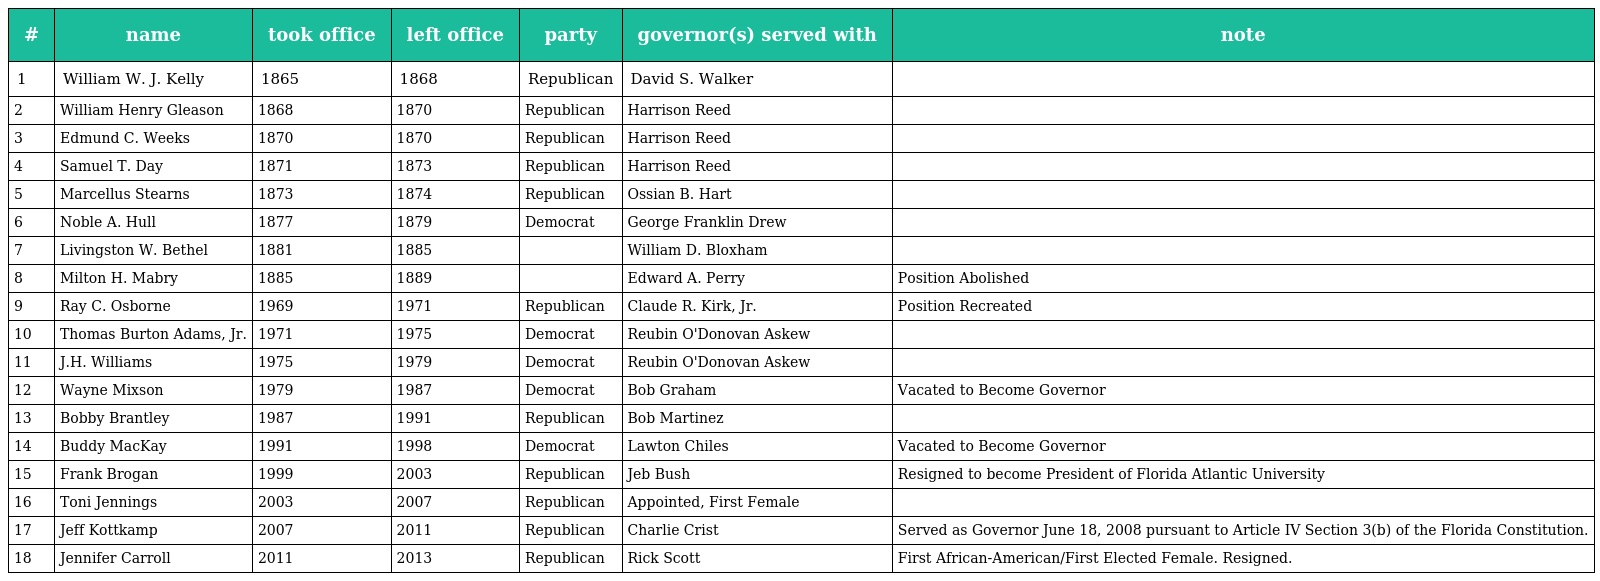
| # | name | took office | left office | party | governor(s) served with | note |
 | --- | --- | --- | --- | --- | --- | --- |
 | 1 | William W. J. Kelly | 1865 | 1868 | Republican | David S. Walker |  |
 | 2 | William Henry Gleason | 1868 | 1870 | Republican | Harrison Reed |  |
 | 3 | Edmund C. Weeks | 1870 | 1870 | Republican | Harrison Reed |  |
 | 4 | Samuel T. Day | 1871 | 1873 | Republican | Harrison Reed |  |
 | 5 | Marcellus Stearns | 1873 | 1874 | Republican | Ossian B. Hart |  |
 | 6 | Noble A. Hull | 1877 | 1879 | Democrat | George Franklin Drew |  |
 | 7 | Livingston W. Bethel | 1881 | 1885 |  | William D. Bloxham |  |
 | 8 | Milton H. Mabry | 1885 | 1889 |  | Edward A. Perry | Position Abolished |
 | 9 | Ray C. Osborne | 1969 | 1971 | Republican | Claude R. Kirk, Jr. | Position Recreated |
 | 10 | Thomas Burton Adams, Jr. | 1971 | 1975 | Democrat | Reubin O'Donovan Askew |  |
 | 11 | J.H. Williams | 1975 | 1979 | Democrat | Reubin O'Donovan Askew |  |
 | 12 | Wayne Mixson | 1979 | 1987 | Democrat | Bob Graham | Vacated to Become Governor |
 | 13 | Bobby Brantley | 1987 | 1991 | Republican | Bob Martinez |  |
 | 14 | Buddy MacKay | 1991 | 1998 | Democrat | Lawton Chiles | Vacated to Become Governor |
 | 15 | Frank Brogan | 1999 | 2003 | Republican | Jeb Bush | Resigned to become President of Florida Atlantic University |
 | 16 | Toni Jennings | 2003 | 2007 | Republican | Appointed, First Female |  |
 | 17 | Jeff Kottkamp | 2007 | 2011 | Republican | Charlie Crist | Served as Governor June 18, 2008 pursuant to Article IV Section 3(b) of the Florida Constitution. |
 | 18 | Jennifer Carroll | 2011 | 2013 | Republican | Rick Scott | First African-American/First Elected Female. Resigned. |